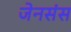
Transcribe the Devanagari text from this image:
जेनसंस